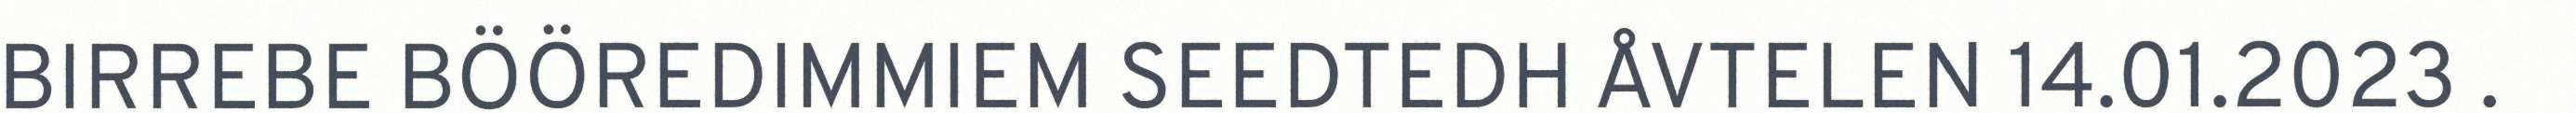
BIRREBE BÖÖREDIMMIEM SEEDTEDH ÅVTELEN 14.01.2023 .